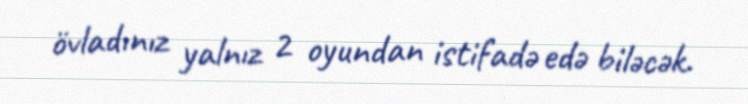
övladınız yalnız 2 oyundan istifadə edə biləcək.